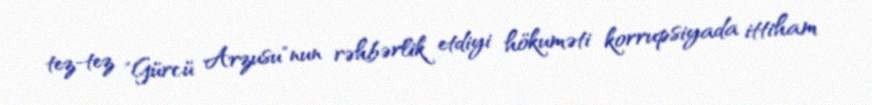
tez-tez "Gürcü Arzusu"nun rəhbərlik etdiyi hökuməti korrupsiyada ittiham